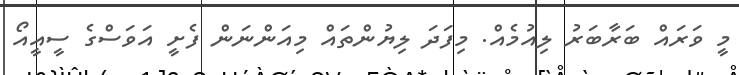
މީ ވަރައް ބަރާބަރު ލިއުމެއް. މިފަދަ ލިޔުންތައް މިއަންނަން ފެށީ އަވަސްގެ ސީއީއޯ